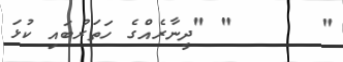
"      " "ދީނާރެއްގެ ހަތަރުބައި ކުޅަ